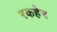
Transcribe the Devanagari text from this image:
रकहेन